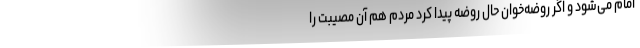
امام می‌شود و اگر روضه‌خوان حال روضه پیدا کرد مردم هم آن مصیبت را